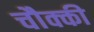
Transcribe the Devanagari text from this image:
चौक्की